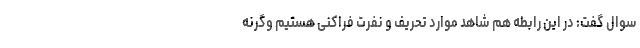
سوال گفت: در این رابطه هم شاهد موارد تحریف و نفرت فراکنی هستیم وگرنه